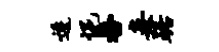
逶悒番妾踞